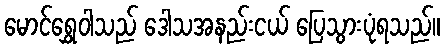
မောင်ရွှေဝါသည် ဒေါသအနည်းငယ် ပြေသွားပုံရသည်။